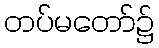
တပ်မတော်၌